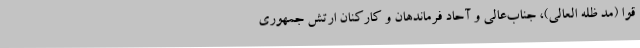
قوا (مد ظله العالی)، جناب‌عالی و آحاد فرماندهان و کارکنان ارتش جمهوری